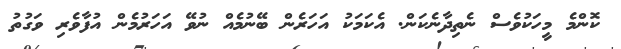
ކޮންމެ މީހަކުވެސް ނެތިދާނެކަން. އެކަމަކު އަހަރެން ބޭނުމެއް ނުވޭ އަހަރުމެން އުފާވެރި ވަގުތު